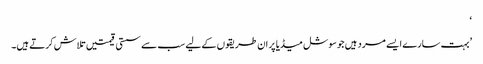
‘
’بہت سارے ایسے مرد ہیں جو سوشل میڈیا پر ان طریقوں کے لیے سب سے سستی قیمتیں تلاش کرتے ہیں۔